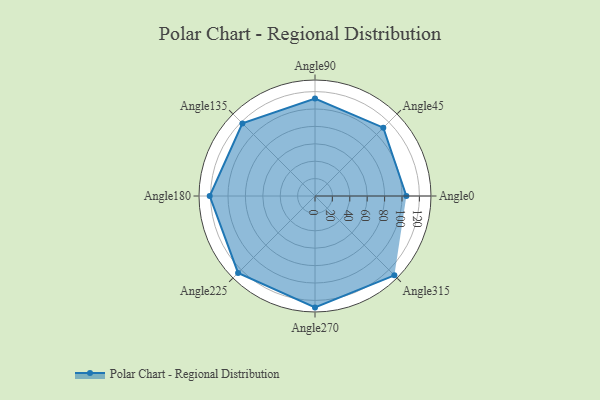
{"axis": {"x": "Angle", "y": "Radius"}, "legend": [""], "data": [{"x": "Angle0", "y": 105.0, "type": ""}, {"x": "Angle45", "y": 111.0, "type": ""}, {"x": "Angle90", "y": 112.0, "type": ""}, {"x": "Angle135", "y": 118.0, "type": ""}, {"x": "Angle180", "y": 121.0, "type": ""}, {"x": "Angle225", "y": 125.0, "type": ""}, {"x": "Angle270", "y": 128.0, "type": ""}, {"x": "Angle315", "y": 129.0, "type": ""}]}